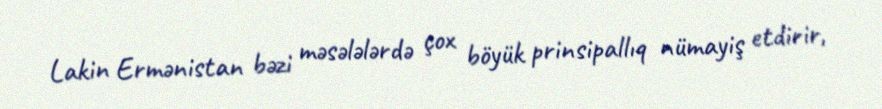
Lakin Ermənistan bəzi məsələlərdə çox böyük prinsipallıq nümayiş etdirir,